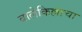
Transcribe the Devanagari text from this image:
बालेकिल्लाचा